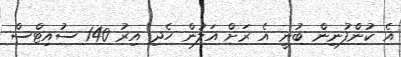
އެ ކުންފުނިން ބުނީ އެ ރަށް އަލުން ހެދި އިރު 140 ސުއިޓްސް